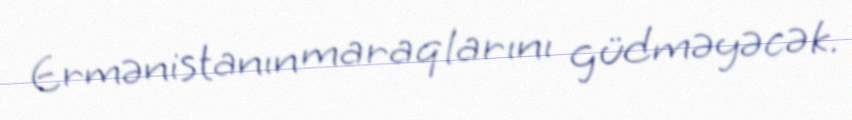
Ermənistanın maraqlarını güdməyəcək.